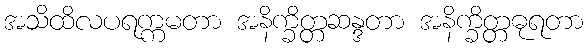
အသိထိလပရက္ကမတာ အနိက္ခိတ္တဆန္ဒတာ အနိက္ခိတ္တဓုရတာ